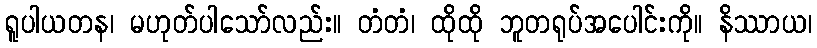
ရူပါယတန၊ မဟုတ်ပါသော်လည်း။ တံတံ၊ ထိုထို ဘူတရုပ်အပေါင်းကို။ နိဿာယ၊